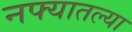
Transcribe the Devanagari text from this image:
नफ्यातल्या